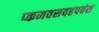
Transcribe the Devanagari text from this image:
प्कमवसवहपबंस